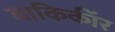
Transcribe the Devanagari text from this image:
बाकिर्कॉर